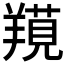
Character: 𦎽